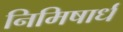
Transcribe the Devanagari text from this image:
निमिषार्ध